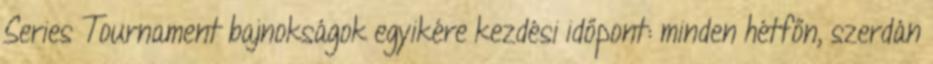
Series Tournament bajnokságok egyikére kezdési időpont: minden hétfőn, szerdán